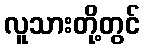
လူသားတို့တွင်